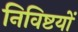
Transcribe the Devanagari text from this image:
निविष्टयों